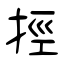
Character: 挳